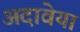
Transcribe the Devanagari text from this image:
अदावेया